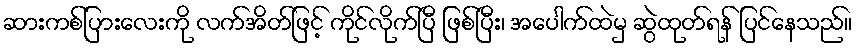
ဆားကစ်ပြားလေးကို လက်အိတ်ဖြင့် ကိုင်လိုက်ပြီ ဖြစ်ပြီး၊ အပေါက်ထဲမှ ဆွဲထုတ်ရန် ပြင်နေသည်။